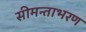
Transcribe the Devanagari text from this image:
सीमन्ताभरण